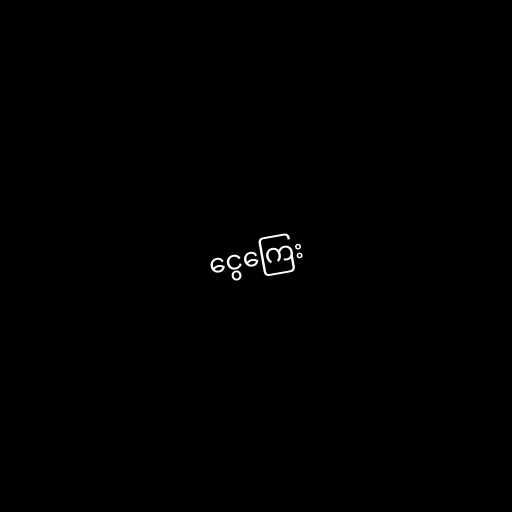
ငွေကြေး